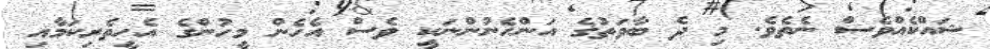
ޝައްކެއްވެސް ނެތެވެ. މި ދެ ބާވަތުގެ އަންހެނުންނަކީ ވެސް އެހެން މީހުންގެ އެހީތެރިކަމާއި